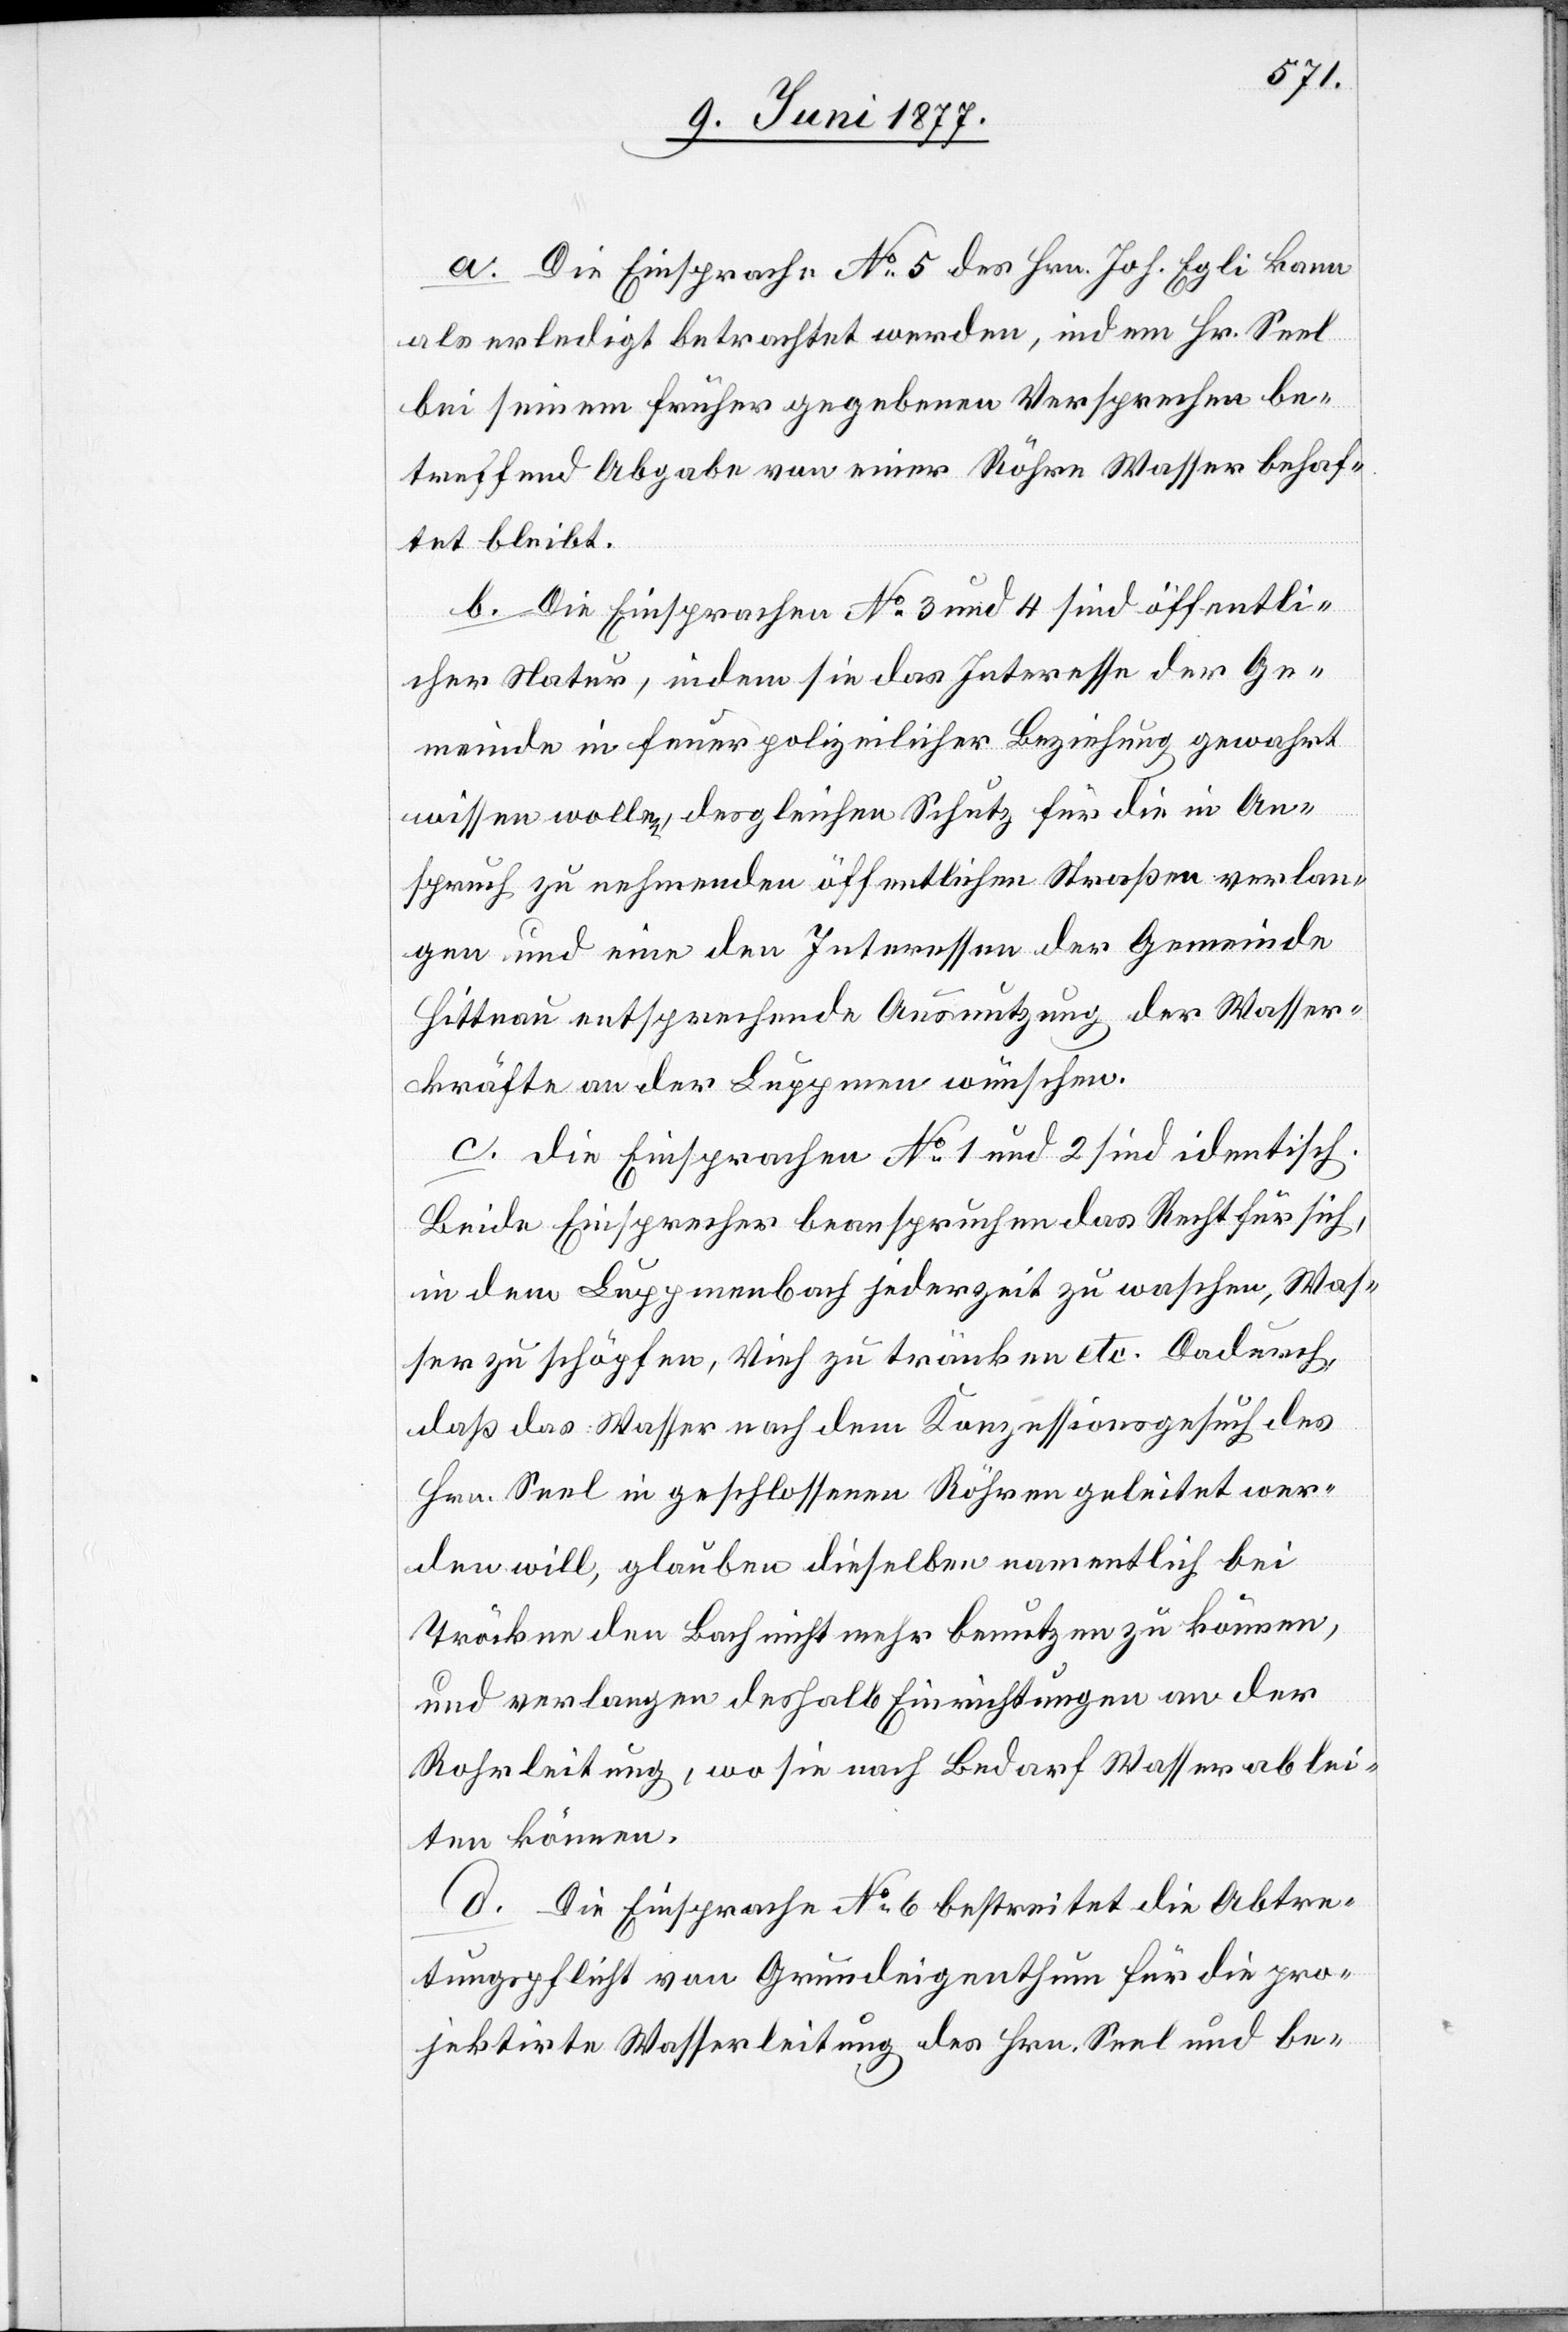
a. Die Einsprache No 5 des Hrn. Joh. Egli kann
als erledigt betrachtet werden, indem Hr. Seel
bei seinem früher gegebenen Versprechen be¬
treffend Abgabe von einer Röhre Wasser behaf¬
tet bleibt.
b. Die Einsprachen No 3 und 4 sind öffentli¬
cher Natur, indem sie das Interesse der Ge¬
meinde in feuerpolizeilicher Beziehung gewahrt
wissen wollen, desgleichen Schutz für die in An¬
spruch zu nehmenden öffentlichen Straßen verlan¬
gen und eine den Interessen der Gemeinde
Hittnau entsprechende Ausnutzung der Wasser¬
kräfte an der Luppmen wünschen.
c. Die Einsprachen No 1 und 2 sind identisch.
Beide Einsprecher beanspruchen das Recht für sich,
in dem Luppmenbach jederzeit zu waschen, Was¬
ser zu schöpfen, Vieh zu tränken etc. Dadurch
daß das Wasser nach dem Konzessionsgesuch des
Hrn. Seel in geschlossenen Röhren geleitet wer¬
den will, glauben dieselben namentlich bei
Tröckne den Bach nicht mehr benutzen zu können,
und verlangen deshalb Einrichtungen an der
Rohrleitung, wo sie nach Bedarf Wasser ablei¬
ten können.
d. Die Einsprache No 6 bestreitet die Abtre¬
tungspflicht von Grundeigenthum für die pro¬
jektirte Wasserleitung des Hrn. Seel und be-